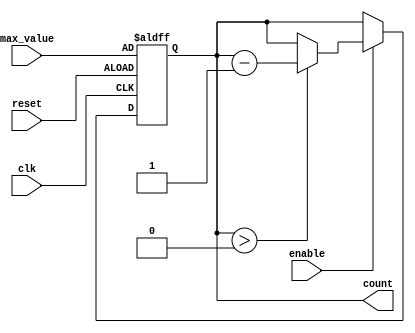
module down_counter (
    input wire clk,            // Clock signal
    input wire enable,         // Enable signal
    input wire reset,          // Asynchronous reset signal
    input wire [3:0] max_value, // Maximum value to start counting down from
    output reg [3:0] count     // Current value of the counter
);

    // Asynchronous reset
    always @(posedge clk or posedge reset) begin
        if (reset) begin
            count <= max_value; // Set to max_value on reset
        end else if (enable) begin
            if (count > 0) begin
                count <= count - 1; // Decrement the counter if enable is high and count is not zero
            end
            // If count is zero, do nothing (hold at zero)
        end
    end

endmodule